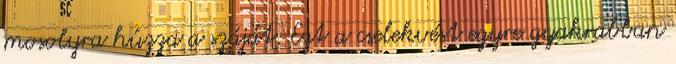
mosolyra húzza a száját. Ezt a cselekvést egyre gyakrabban